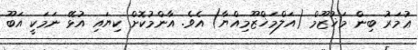
ޢުމަރު ބިން މަޚުޒޫމް (އަލްމަޚްޒޫމިއްޔާ) އެވެ. އާންމުކޮށް ކިޔައި އުޅޭ ނަމަކީ އަބޫ